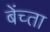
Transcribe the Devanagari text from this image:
बेंच्ता